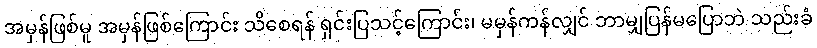
အမှန်ဖြစ်မူ အမှန်ဖြစ်ကြောင်း သိစေရန် ရှင်းပြသင့်ကြောင်း၊ မမှန်ကန်လျှင် ဘာမျှပြန်မပြောဘဲ သည်းခံ